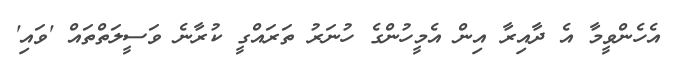
އެހެންވީމާ އެ ދާއިރާ އިން އެމީހުންގެ ހުނަރު ތަރައްގީ ކުރާނެ ވަސީލަތްތައް 'ވައި'